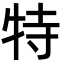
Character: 特